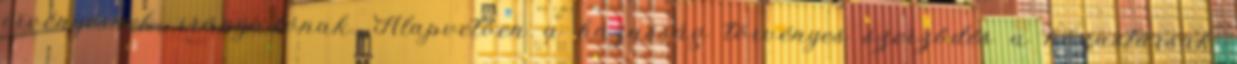
érvényesnek, irányadónak. Alapvetően a házasság törvényes szerződés a házastársak